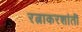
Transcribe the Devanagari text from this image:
रत्नाकरशांती